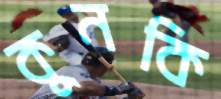
কুনকি